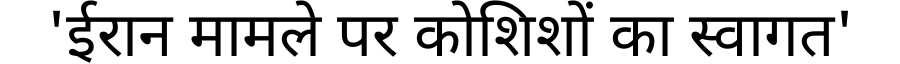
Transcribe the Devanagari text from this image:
'ईरान मामले पर कोशिशों का स्वागत'